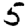
Digit: 5